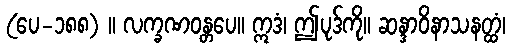
(ပေ-၁၈၈) ။ လက္ခဏဝန္တပေ။ ဣဒံ၊ ဤပုဒ်ကို။ ဆန္ဒာဝိနာသနတ္ထံ၊